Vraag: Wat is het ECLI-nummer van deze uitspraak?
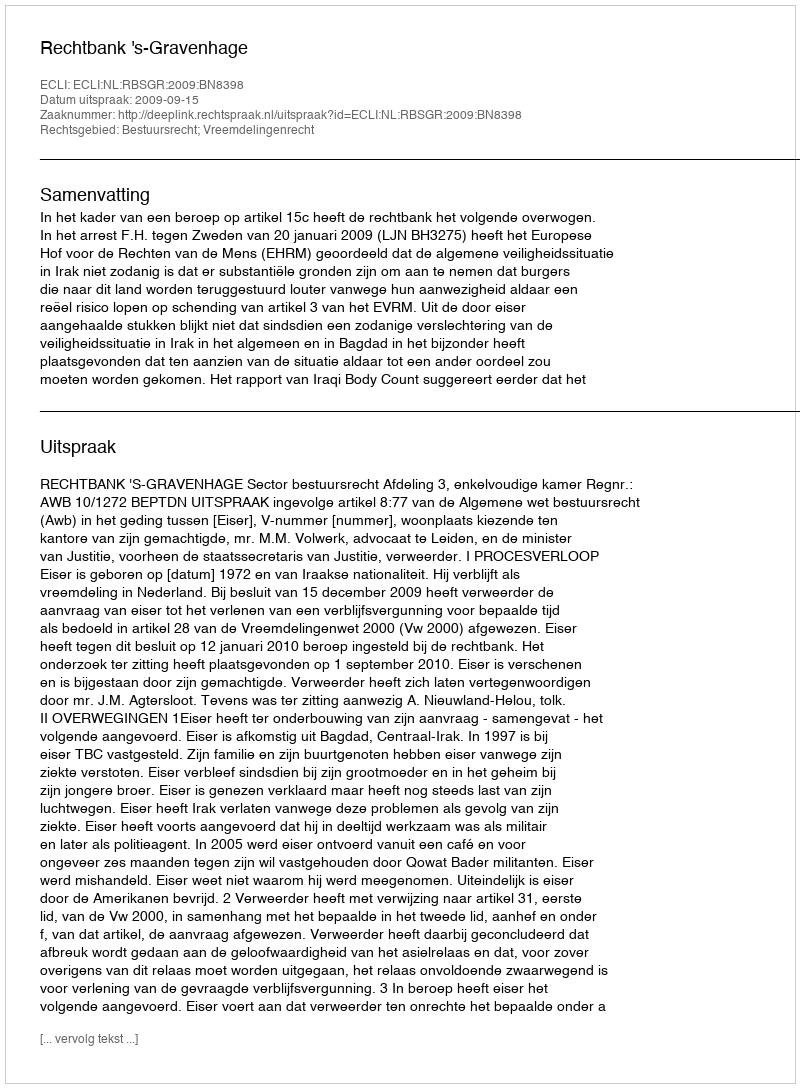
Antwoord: ECLI:NL:RBSGR:2009:BN8398